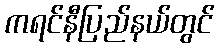
ကရင်နီပြည်နယ်တွင်